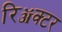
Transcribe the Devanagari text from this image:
रिॲक्टर